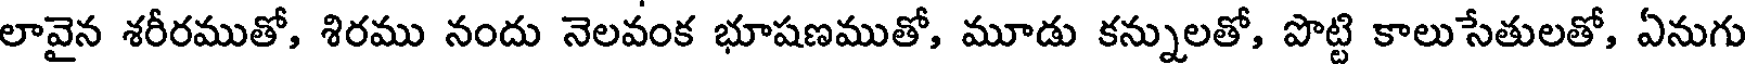
లావైన శరీరముతో, శిరము నందు నెలవంక భూషణముతో, మూడు కన్నులతో, పొట్టి కాలుసేతులతో, ఏనుగు